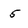
Character: 5